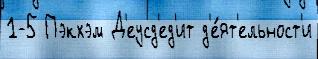
1-5 Пэкхэм Д'еусд'ед'ит д'е́ят'ельност'и